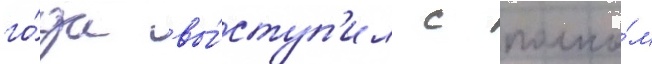
го́да вы́ступ'ил с полко́м